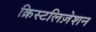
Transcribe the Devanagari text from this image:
क्रिस्टलिज़ेशन